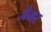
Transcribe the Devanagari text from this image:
जैमर